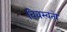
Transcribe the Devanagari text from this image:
विवस्वतो